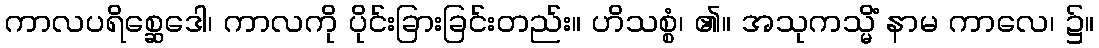
ကာလပရိစ္ဆေဒေါ၊ ကာလကို ပိုင်းခြားခြင်းတည်း။ ဟိသစ္စံ၊ ၏။ အသုကသ္မိံ နာမ ကာလေ၊ ၌။